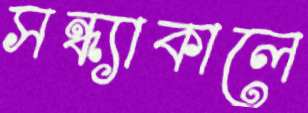
সন্ধ্যাকালে